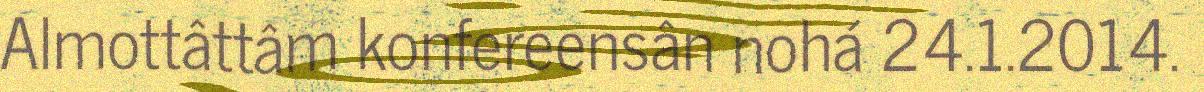
Almottâttâm konfereensân nohá 24.1.2014.